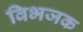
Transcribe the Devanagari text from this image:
विभजक